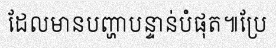
ដែលមានបញ្ហាបន្ទាន់បំផុត៕ប្រែ